Vaccination North-Western Provinces 1866-1877 - 1866-1877
Year: 1866
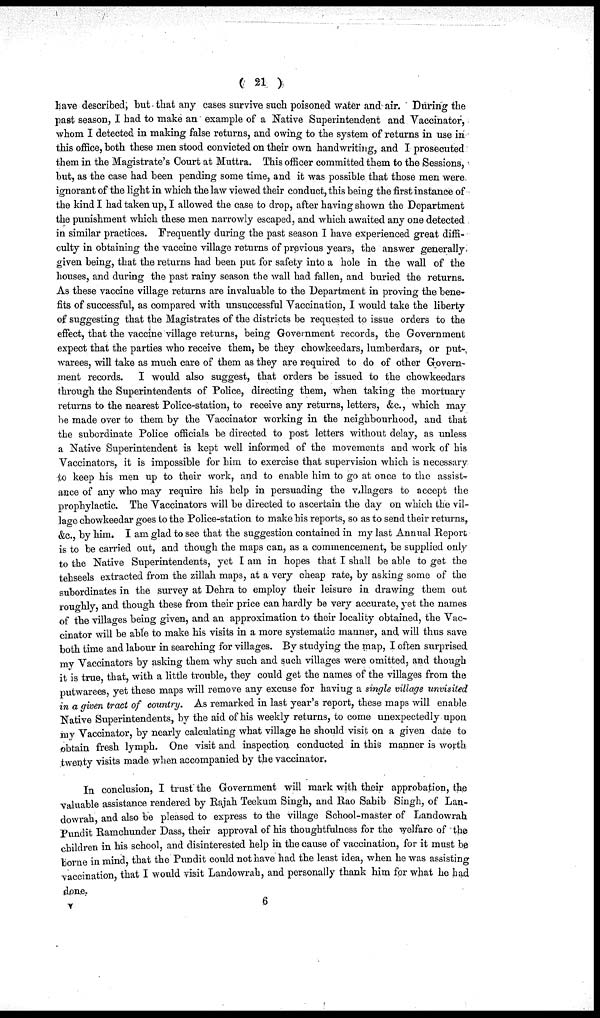
( 21 )
have described, but that any cases survive such poisoned water and air. During the
past season, I had to make an example of a Native Superintendent and Vaccinator,
whom I detected in making false returns, and owing to the system of returns in use in
this office, both these men stood convicted on their own handwriting, and I prosecuted
them in the Magistrate's Court at Muttra. This officer committed them to the Sessions,
but, as the case had been pending some time, and it was possible that those men were
ignorant of the light in which the law viewed their conduct, this being the first instance of
the kind I had taken up, I allowed the case to drop, after having shown the Department
the punishment which these men narrowly escaped, and which awaited any one detected
in similar practices. Frequently during the past season I have experienced great diffi-
culty in obtaining the vaccine village returns of previous years, the answer generally
given being, that the returns had been put for safety into a hole in the wall of the
houses, and during the past rainy season the wall had fallen, and buried the returns.
As these vaccine village returns are invaluable to the Department in proving the bene-
fits of successful, as compared with unsuccessful Vaccination, I would take the liberty
of suggesting that the Magistrates of the districts be requested to issue orders to the
effect, that the vaccine village returns, being Government records, the Government
expect that the parties who receive them, be they chowkeedars, lumberdars, or put-
warees, will take as much care of them as they are required to do of other Govern-
ment records. I would also suggest, that orders be issued to the chowkeedars
through the Superintendents of Police, directing them, when taking the mortuary
returns to the nearest Police-station, to receive any returns, letters, &c., which may
be made over to them by the Vaccinator working in the neighbourhood, and that
the subordinate Police officials be directed to post letters without delay, as unless
a Native Superintendent is kept well informed of the movements and work of his
Vaccinators, it is impossible for him to exercise that supervision which is necessary
to keep his men up to their work, and to enable him to go at once to the assist-
ance of any who may require his help in persuading the villagers to accept the
prophylactic. The Vaccinators will be directed to ascertain the day on which the vil-
lage chowkeedar goes to the Police-station to make his reports, so as to send their returns,
&c. by him. I am glad to see that the suggestion contained in my last Annual Report
is to be carried out, and though the maps can, as a commencement, be supplied only
to the Native Superintendents, yet I am in hopes that I shall be able to get the
tehseels extracted from the zillah maps, at a very cheap rate, by asking some of the
subordinates in the survey at Dehra to employ their leisure in drawing them out
roughly and though these from their price can hardly be very accurate, yet the names
of the villages being given, and an approximation to their locality obtained, the Vac-
cinator will be able to make his visits in a more systematic manner, and will thus save
both time and labour in searching for villages. By studying the map, I often surprised
my Vaccinators by asking them why such and such villages were omitted, and though
it is true that, with a little trouble, they could get the names of the villages from the
putwarees, yet these maps will remove any excuse for having a single village unvisited
in a given tract of country. As remarked in last year's report, these maps will enable
Native Superintendents, by the aid of his weekly returns, to come unexpectedly upon
my Vaccinator, by nearly calculating what village he should visit on a given date to
obtain fresh lymph. One visit and inspection conducted in this manner is worth
twenty visits made when accompanied by the vaccinator.
In conclusion, I trust the Government will mark with their approbation, the
valuable assistance rendered by Rajah Teekum Singh, and Rao Sahib Singh, of Lan¬
dowrah, and also be pleased to express to the village School-master of Landowrah
Pundit Ramchunder Dass, their approval of his thoughtfulness for the welfare of the
children in his school, and disinterested help in the cause of vaccination, for it must be
borne in mind, that the Pundit could not have had the least idea, when he was assisting
vaccination, that I would visit Landowrah, and personally thank him for what he had
done.
V 6